Annual report on the lock hospitals of the Madras Presidency
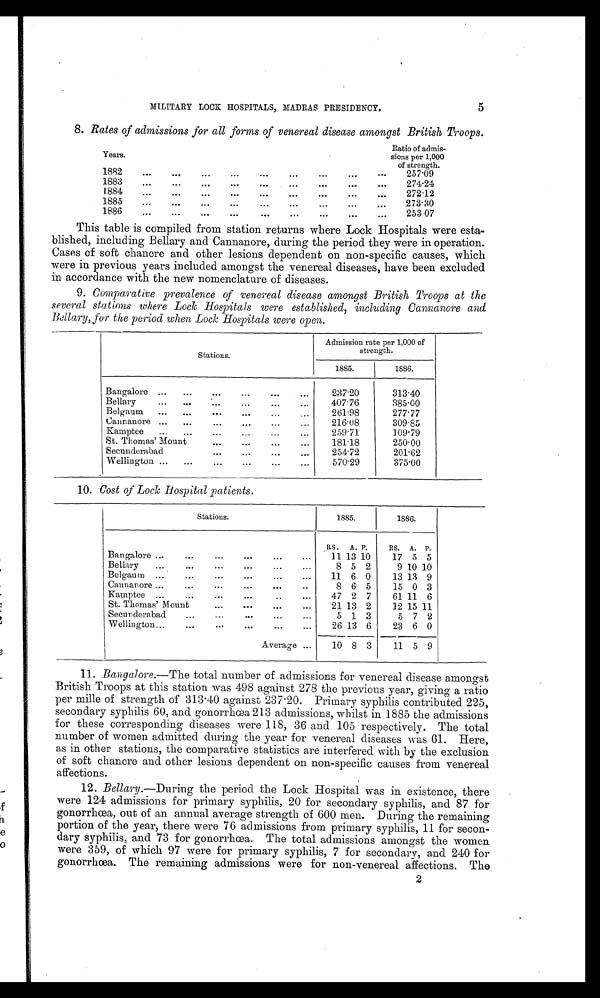
5
MILITARY LOCK HOSPITALS, MADRAS PRESIDENCY.
8. Rates of admissions for all forms of venereal disease amongst British Troops.
Years.
Ratio of admis-
sions per 1,000
of strength.
1882...
...
...
...
...
...
...
...
257.09
1883
...
...
...
...
...
...
...
274.24
1884...
...
...
...
...
...
272.12
1885
...
...
...
...
...
...
. . .
273.30
1886
.
..
...
...
...
...
...
...
...
253 07
This table is compiled from station returns where. Lock Hospitals were esta-
blished, including Bellary and Cannanore, during the period they were in operation.
Cases of soft chancre and other lesions dependent on non-specific causes, which
were in previous years included amongst the venereal diseases, have been excluded
in accordance with the new nomenclature of diseases.
9. Comparative prevalence of venereal disease amongst British Troops at the
several stations where Lock Hospitals were established, including Cannanore and
Bellary, for the period when Lock Hospitals were open.
Stations.
Admission rate per 1,000 of
strength.
1885.
1886.
Bangalore ...
...
...
...
...
...
237.20
313.40
Bellary
...
...
...
...
...
...
407.76
385.00
Belgaum
...
...
...
...
...
...
261.98
277.77
Cannanore ...
...
...
...
...
...
216.08
309.85
Kamptee
...
...
...
...
...
...
259.71
109.79
St. Thomas' Mount
...
...
...
...
181.18
250.00
Secunderabad
...
...
...
...
254.72
201.62
Wellington ...
...
...
...
...
...
570.29
375.00
10. Cost of Lock hospital patients.
Stations.
1885.
1886.
RS.
A. P.
RS.
A.
P.
Bangalore ...
...
...
...
...
...
11 13 10
17 5 5
Bellary
...
...
...
...
...
...
8 5 2
9 10 10
Belgaum ...
...
...
...
...
...
11 6 0
13 13 9
Cannanore ...
...
...
...
...
...
8 6 5
15 0 3
Kamptee ...
...
...
...
..
...
47 2 7
61 11 6
St. Thomas' Mount
...
...
...
...
21 13 2
12 15 11
Secunderabad
...
...
5 1 3
5 7 2
Wellington...
...
...
...
26 13 6
23 6 0
Average ...
10 8 3
11 5 9
11. Bangalore.—The total number of admissions for venereal disease amongst
British Troops at this station was 498 against 278 the previous year, giving a ratio
per mille of strength of 313 . 40 against 237 . 20. Primary syphilis contributed 225,
secondary syphilis 60, and gonorrhœa 213 admissions, whilst in 1885 the admissions
for these corresponding diseases were 118, 36 and 105 respectively. The total
number of women admitted during the year for venereal diseases was 61. Here,
as in other stations, the comparative statistics are interfered with by the exclusion
of soft chancre and other lesions dependent on non-specific causes from venereal
affections.
12. Bellary.—During the period the Lock Hospital was in existence, there
were 124 admissions for primary syphilis, 20 for secondary syphilis, and 87 for
gonorrhœa, out of an annual average strength of 600 men. During the remaining
portion of the year, there were 76 admissions from primary syphilis, 11 for secon-
dary syphilis, and 73 for gonorrhœa. The total admissions amongst the women
were 359, of which 97 were for primary syphilis, 7 for secondary, and 240 for
gonorrhœa. The remaining admissions were for non-venereal affections. The
f
e
0z 2